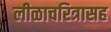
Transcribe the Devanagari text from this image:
लीळाचरित्रासह